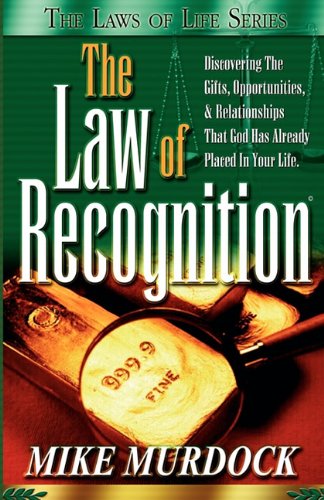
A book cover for The Law of Recognition (The Laws of Life Series); Mike Murdoch; Christian Books & Bibles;